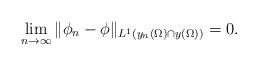
LaTeX: \begin{align*} \lim_{n\to\infty}\Vert \phi_n-\phi\Vert_{L^1(y_n(\Omega)\cap y(\Omega))}= 0. \end{align*}